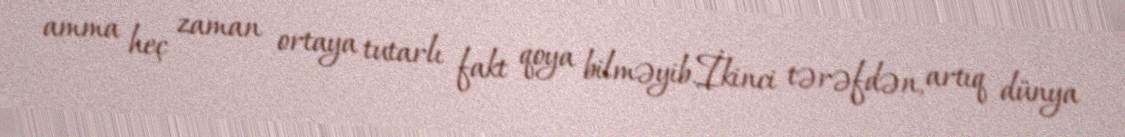
amma heç zaman ortaya tutarlı fakt qoya bilməyib.İkinci tərəfdən, artıq dünya